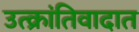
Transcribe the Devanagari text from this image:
उत्क्रांतिवादात